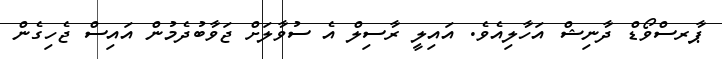
ޕާރސްވޯޑް ދާނިޝް އަހާލިއެވެ. އައިލީ ރާސިލް އެ ސުވާލަށް ޖަވާބުދެމުން އައިސް ޖެހިގެން